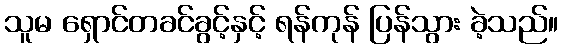
သူမ ရှောင်တခင်ခွင့်နှင့် ရန်ကုန် ပြန်သွား ခဲ့သည်။